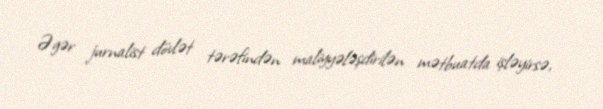
Əgər jurnalist dövlət tərəfindən maliyyələşdirilən mətbuatda işləyirsə,